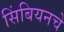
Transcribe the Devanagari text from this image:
सिंबियनचे